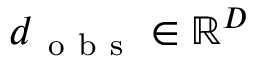
\boldsymbol { d } _ { \mathrm { ~ o ~ b ~ s ~ } } \in \mathbb { R } ^ { D }